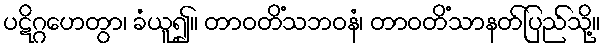
ပဋိဂ္ဂဟေတွာ၊ ခံယူ၍။ တာဝတိံသဘဝနံ၊ တာဝတိံသာနတ်ပြည်သို့။